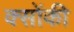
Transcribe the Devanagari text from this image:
क्सोंकी